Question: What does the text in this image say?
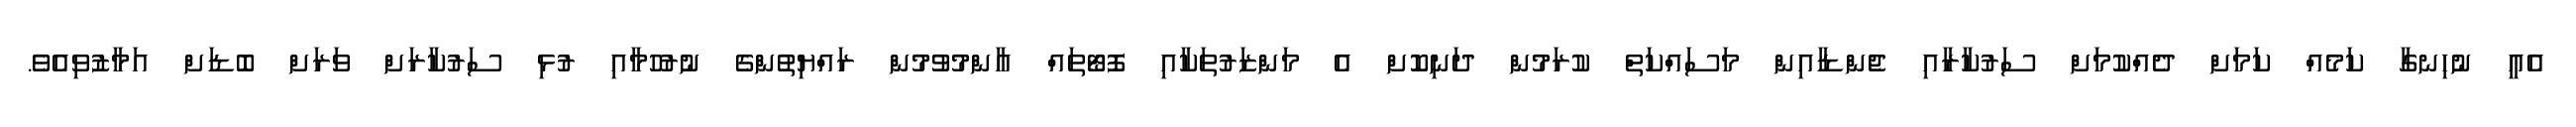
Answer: އެއީ ނުހިނގާ ކަމެއް ކަމަށް ދެއްކުމަށް ސަރުކާރާއި ޖެންޑާއިން މަސައްކަތް ކުރަމުން ދަނިކޮށް އެ މަންޒަރުތަކާއި ފޮޓޯތައް އާންމުވުމުން ރައްޔިތުންގެ ނުރުހުމާއި ރުޅި ސަރުކާރަށް ވަރަށް ބޮޑަށް އަމާޒުވިއެވެ.